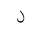
Letter: _lam